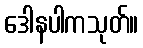
ဒေါနပါကသုတ်။